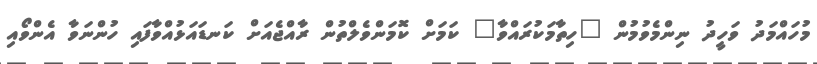
މުހައްމަދު ވަހީދު ނިންމެވުމުން "ހިތާމަކުރައްވާ" ކަމަށް ކޮމަންވެލްތުން ރާއްޖެއަށް ކަނޑައަޅުއްވާފައި ހުންނަވާ އެންވޯއި